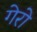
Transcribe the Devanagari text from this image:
गेरो